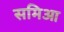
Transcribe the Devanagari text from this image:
समिआ